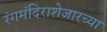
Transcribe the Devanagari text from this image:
रंगमंदिराशेजारच्या